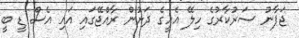
ޖަޕާނު ސަރުކާރުގެ ހިލޭ އެހީގެ ދަށުން ރާއްޖޭގައި އައި އެސް ޑީ ބީ